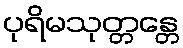
ပုရိမသုတ္တန္တေ